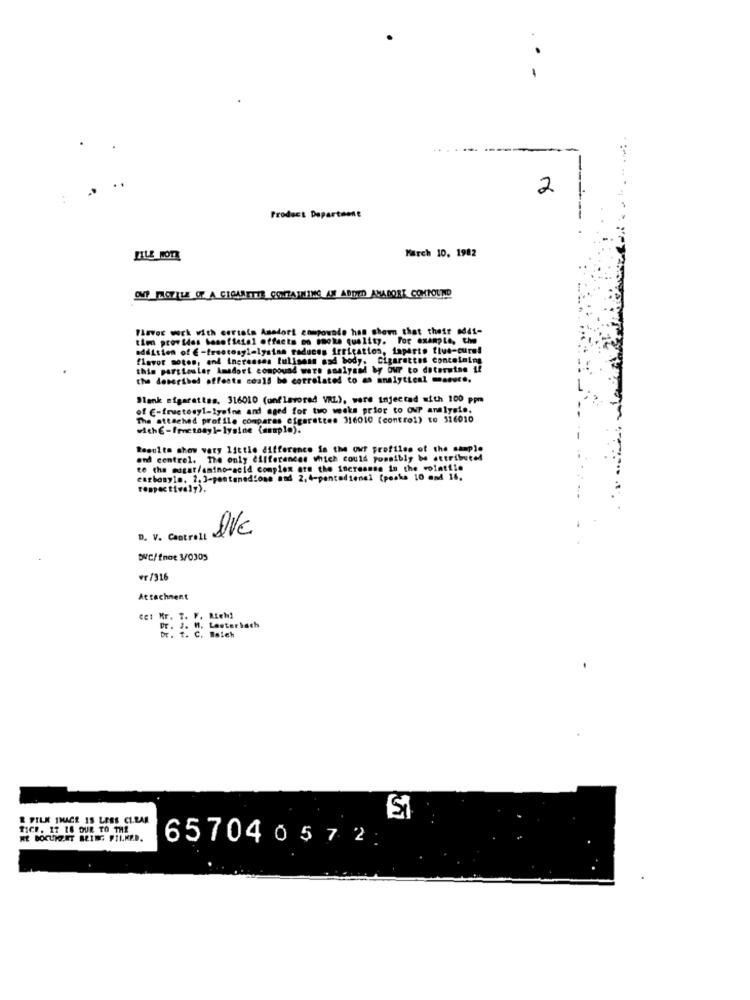
2
Product Departaone
March 10, 1982
OMP TOFILE OF A CIGARETTE CONZATHING AN ADDED ANADORT COMPOUND
Flavor wck with certain Amadori compounde has shown that their 8441-
tim provides basoficial offacts on smoke quality. For example, the
addition of E-fructosylelysian raduces irritation, iaperto flue-cure!
flavor motes, and increases lulisans ssd body, Cigarettes conceimins
this portionler Amadort compound wars analysed by Our to determine If
the deserthed affects coall be correlated to an analytical measure.
Blank sigarattes. 316010 (unflavored VRL), were injectad with 100 ppm
of €-fructosyl-lysine and aged for two weeks prior to ONP analysis.
The attached profile compares cigarettes 316010 (control) to 316010
Regulto show very little difference in the our profiles of the sample
and control. The only differences which could possibly be attributed
te the sugar/amino acid complex are the increanse in the volatile
esrbosyle. 2. ]-pontanedione and 2,4-pentadienel (peaks 10 and 16.
respectively).
D. V. Cantrell
QVc
DVC/fnot 3/0305
₩r/316
Attachment
Ces Kr. T. F. Rich1
PE. J. M.
Lester bach
Dr. t. C. Wsich
& FILM YHACE IS LESS CLEAR
SI
TICE. 17 18 DUE TO THE
WE BOCUMGET BEING FILKED.
657040572: